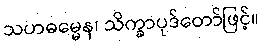
သဟဓမ္မေန၊ သိက္ခာပုဒ်တော်ဖြင့်။